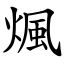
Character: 煈